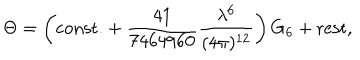
LaTeX: \Theta = \left( \mathrm { c o n s t . } + { \frac { 4 1 } { 7 4 6 4 9 6 0 } } { \frac { \lambda ^ { 6 } } { ( 4 \pi ) ^ { 1 2 } } } \right) \mathrm { { G } } _ { 6 } + \mathrm { r e s t } ,